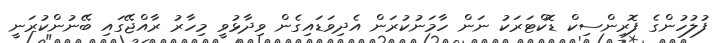
ފުލުހުންގެ ފޮރިންސިކް ޑޮކްޓަރަކު ނަން ހާމަނުކުރަން އެދިވަޑައިގެން ވިދާޅުވީ މިހާރު ރާއްޖޭގައި ބޭނުންކުރަނީ